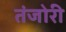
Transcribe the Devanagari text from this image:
तंजोरी